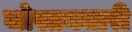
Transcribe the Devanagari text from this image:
जोस्तनधारी